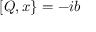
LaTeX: [ Q , x \} = - i b